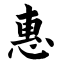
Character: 惠